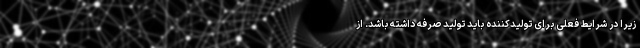
زیرا در شرایط فعلی برای تولیدکننده باید تولید صرفه داشته باشد. از